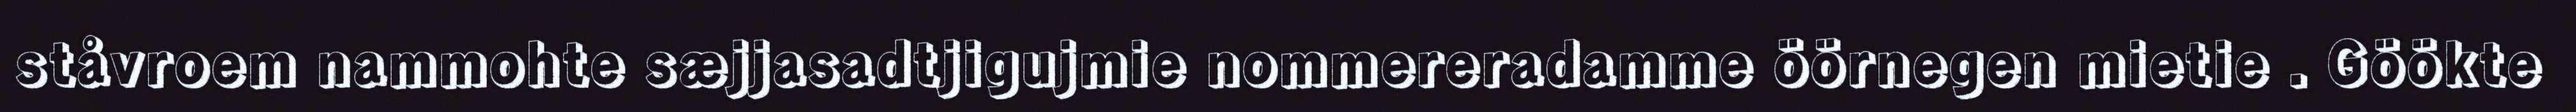
ståvroem nammohte sæjjasadtjigujmie nommereradamme öörnegen mietie . Göökte